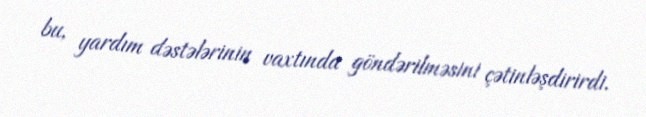
bu, yardım dəstələrinin vaxtında göndərilməsini çətinləşdirirdi.